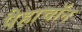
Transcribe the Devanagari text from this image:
पैहाचॉन